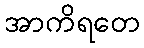
အာကိရတေ